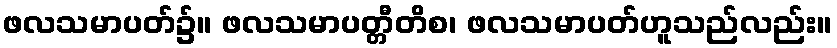
ဖလသမာပတ်၌။ ဖလသမာပတ္တီတိစ၊ ဖလသမာပတ်ဟူသည်လည်း။